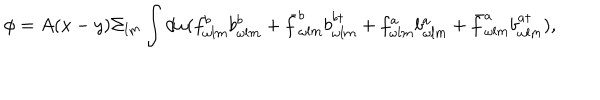
\phi = A ( x - y ) \Sigma _ { l m } \int d \omega ( f _ { \omega l m } ^ { b } b _ { \omega l m } ^ { b } + \bar { f } _ { \omega l m } ^ { b } b _ { \omega l m } ^ { b \dagger } + f _ { \omega l m } ^ { a } b _ { \omega l m } ^ { a } + \bar { f } _ { \omega l m } ^ { a } b _ { \omega l m } ^ { a \dagger } ) ,